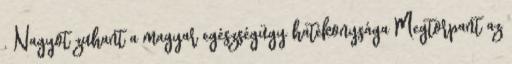
. Nagyot zuhant a magyar egészségügy hatékonysága Megtorpant az